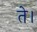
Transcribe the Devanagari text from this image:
ते।